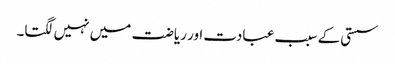
سستی کے سبب عبادت اور ریاضت میں نہیں لگتا۔